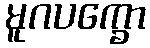
မူဂပက္ခော